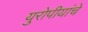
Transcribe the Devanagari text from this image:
युरोपीयांचे